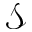
\mathcal { S }